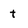
Character: t